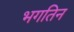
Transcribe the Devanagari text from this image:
भगतिन